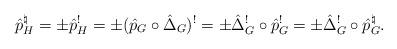
LaTeX: \begin{align*}\hat{p}_H^\natural = \pm \hat{p}_H^! = \pm (\hat{p}_G\circ \hat{\Delta}_G )^! = \pm\hat{\Delta}_G^!\circ \hat{p}_G^!=\pm\hat{\Delta}_G^!\circ \hat{p}_G^\natural.\end{align*}